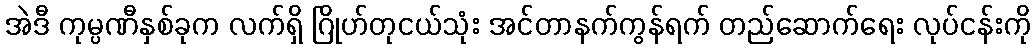
အဲဒီ ကုမ္ပဏီနှစ်ခုက လက်ရှိ ဂြိုဟ်တုငယ်သုံး အင်တာနက်ကွန်ရက် တည်ဆောက်ရေး လုပ်ငန်းကို